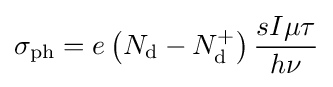
\sigma _{\text{ph}}=e\left(N_{\text{d}}-N_{\text{d}}^{+}\right){\frac {sI\mu \tau }{h\nu }}